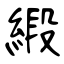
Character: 緞